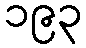
၁၉၃